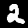
Label: 2